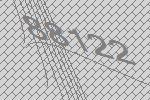
88122